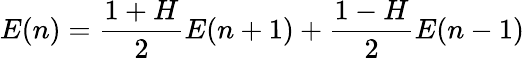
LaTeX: E(n)=\frac{1+H}{2}E(n+1)+\frac{1-H}{2}E(n-1)